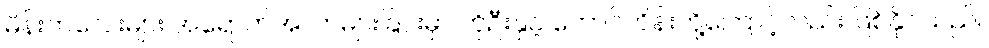
မိန်းကလေးများ အရောက်အလာများခြင်းမှာ ကိုဦးနှင့် ဘောင်ဟိန်းတို့ကြောင့်လည်း ဖြစ်နိုင်သည်။